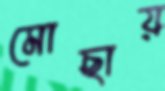
মোছায়